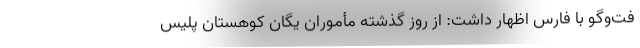
فت‌وگو با فارس اظهار داشت: از روز گذشته مأموران یگان کوهستان پلیس